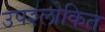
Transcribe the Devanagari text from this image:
उपश्लोकित